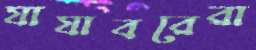
যাযাবরেরা